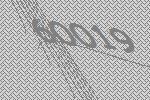
60019